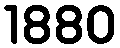
1880